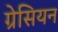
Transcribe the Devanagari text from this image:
ग्रेसियन